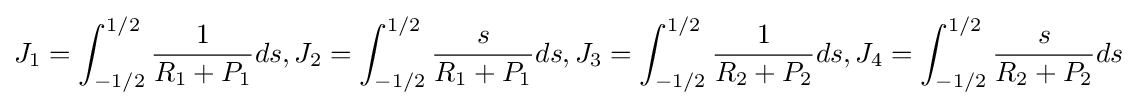
J_{1}=\int _{-1/2}^{1/2}{\frac {1}{R_{1}+P_{1}}}ds,J_{2}=\int _{-1/2}^{1/2}{\frac {s}{R_{1}+P_{1}}}ds,J_{3}=\int _{-1/2}^{1/2}{\frac {1}{R_{2}+P_{2}}}ds,J_{4}=\int _{-1/2}^{1/2}{\frac {s}{R_{2}+P_{2}}}ds